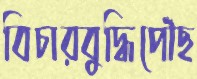
বিচারবুদ্ধিপৌঁছ